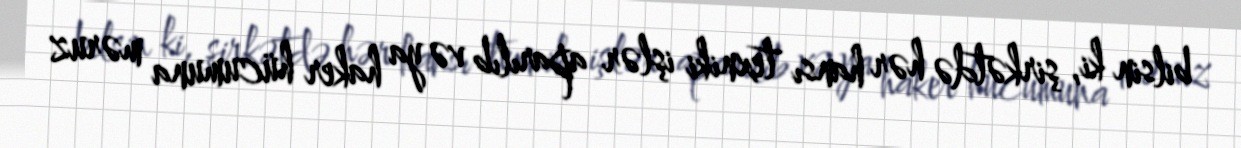
bilsin ki, şirkətdə hər hansı texniki işlər aparılıb və ya haker hücumuna məruz